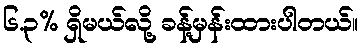
၆.၃% ရှိမယ်လို့ ခန့်မှန်းထားပါတယ်။